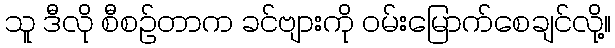
သူ ဒီလို စီစဉ်တာက ခင်ဗျားကို ဝမ်းမြောက်စေချင်လို့။